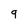
Character: 9